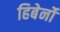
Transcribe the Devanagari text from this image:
हिबेर्नो